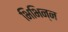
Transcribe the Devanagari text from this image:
भिभिन्न